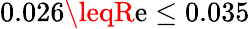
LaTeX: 0.026\leqR\mathrm{e}\leq0.035